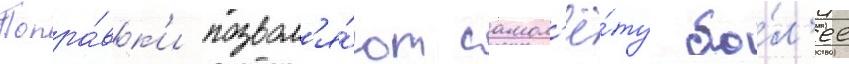
Попра́вк'и позвол'я́ют самол'ё́ту бо́л'ее